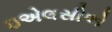
ઇએલસીએ